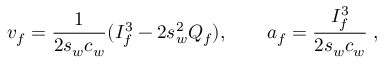
v _ { f } = \frac { 1 } { 2 s _ { w } c _ { w } } ( I _ { f } ^ { 3 } - 2 s _ { w } ^ { 2 } Q _ { f } ) , \qquad a _ { f } = \frac { I _ { f } ^ { 3 } } { 2 s _ { w } c _ { w } } \; ,